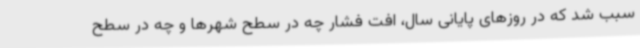
سبب شد که در روزهای پایانی سال، افت فشار چه در سطح شهرها و چه در سطح